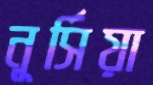
নূর্সিয়া